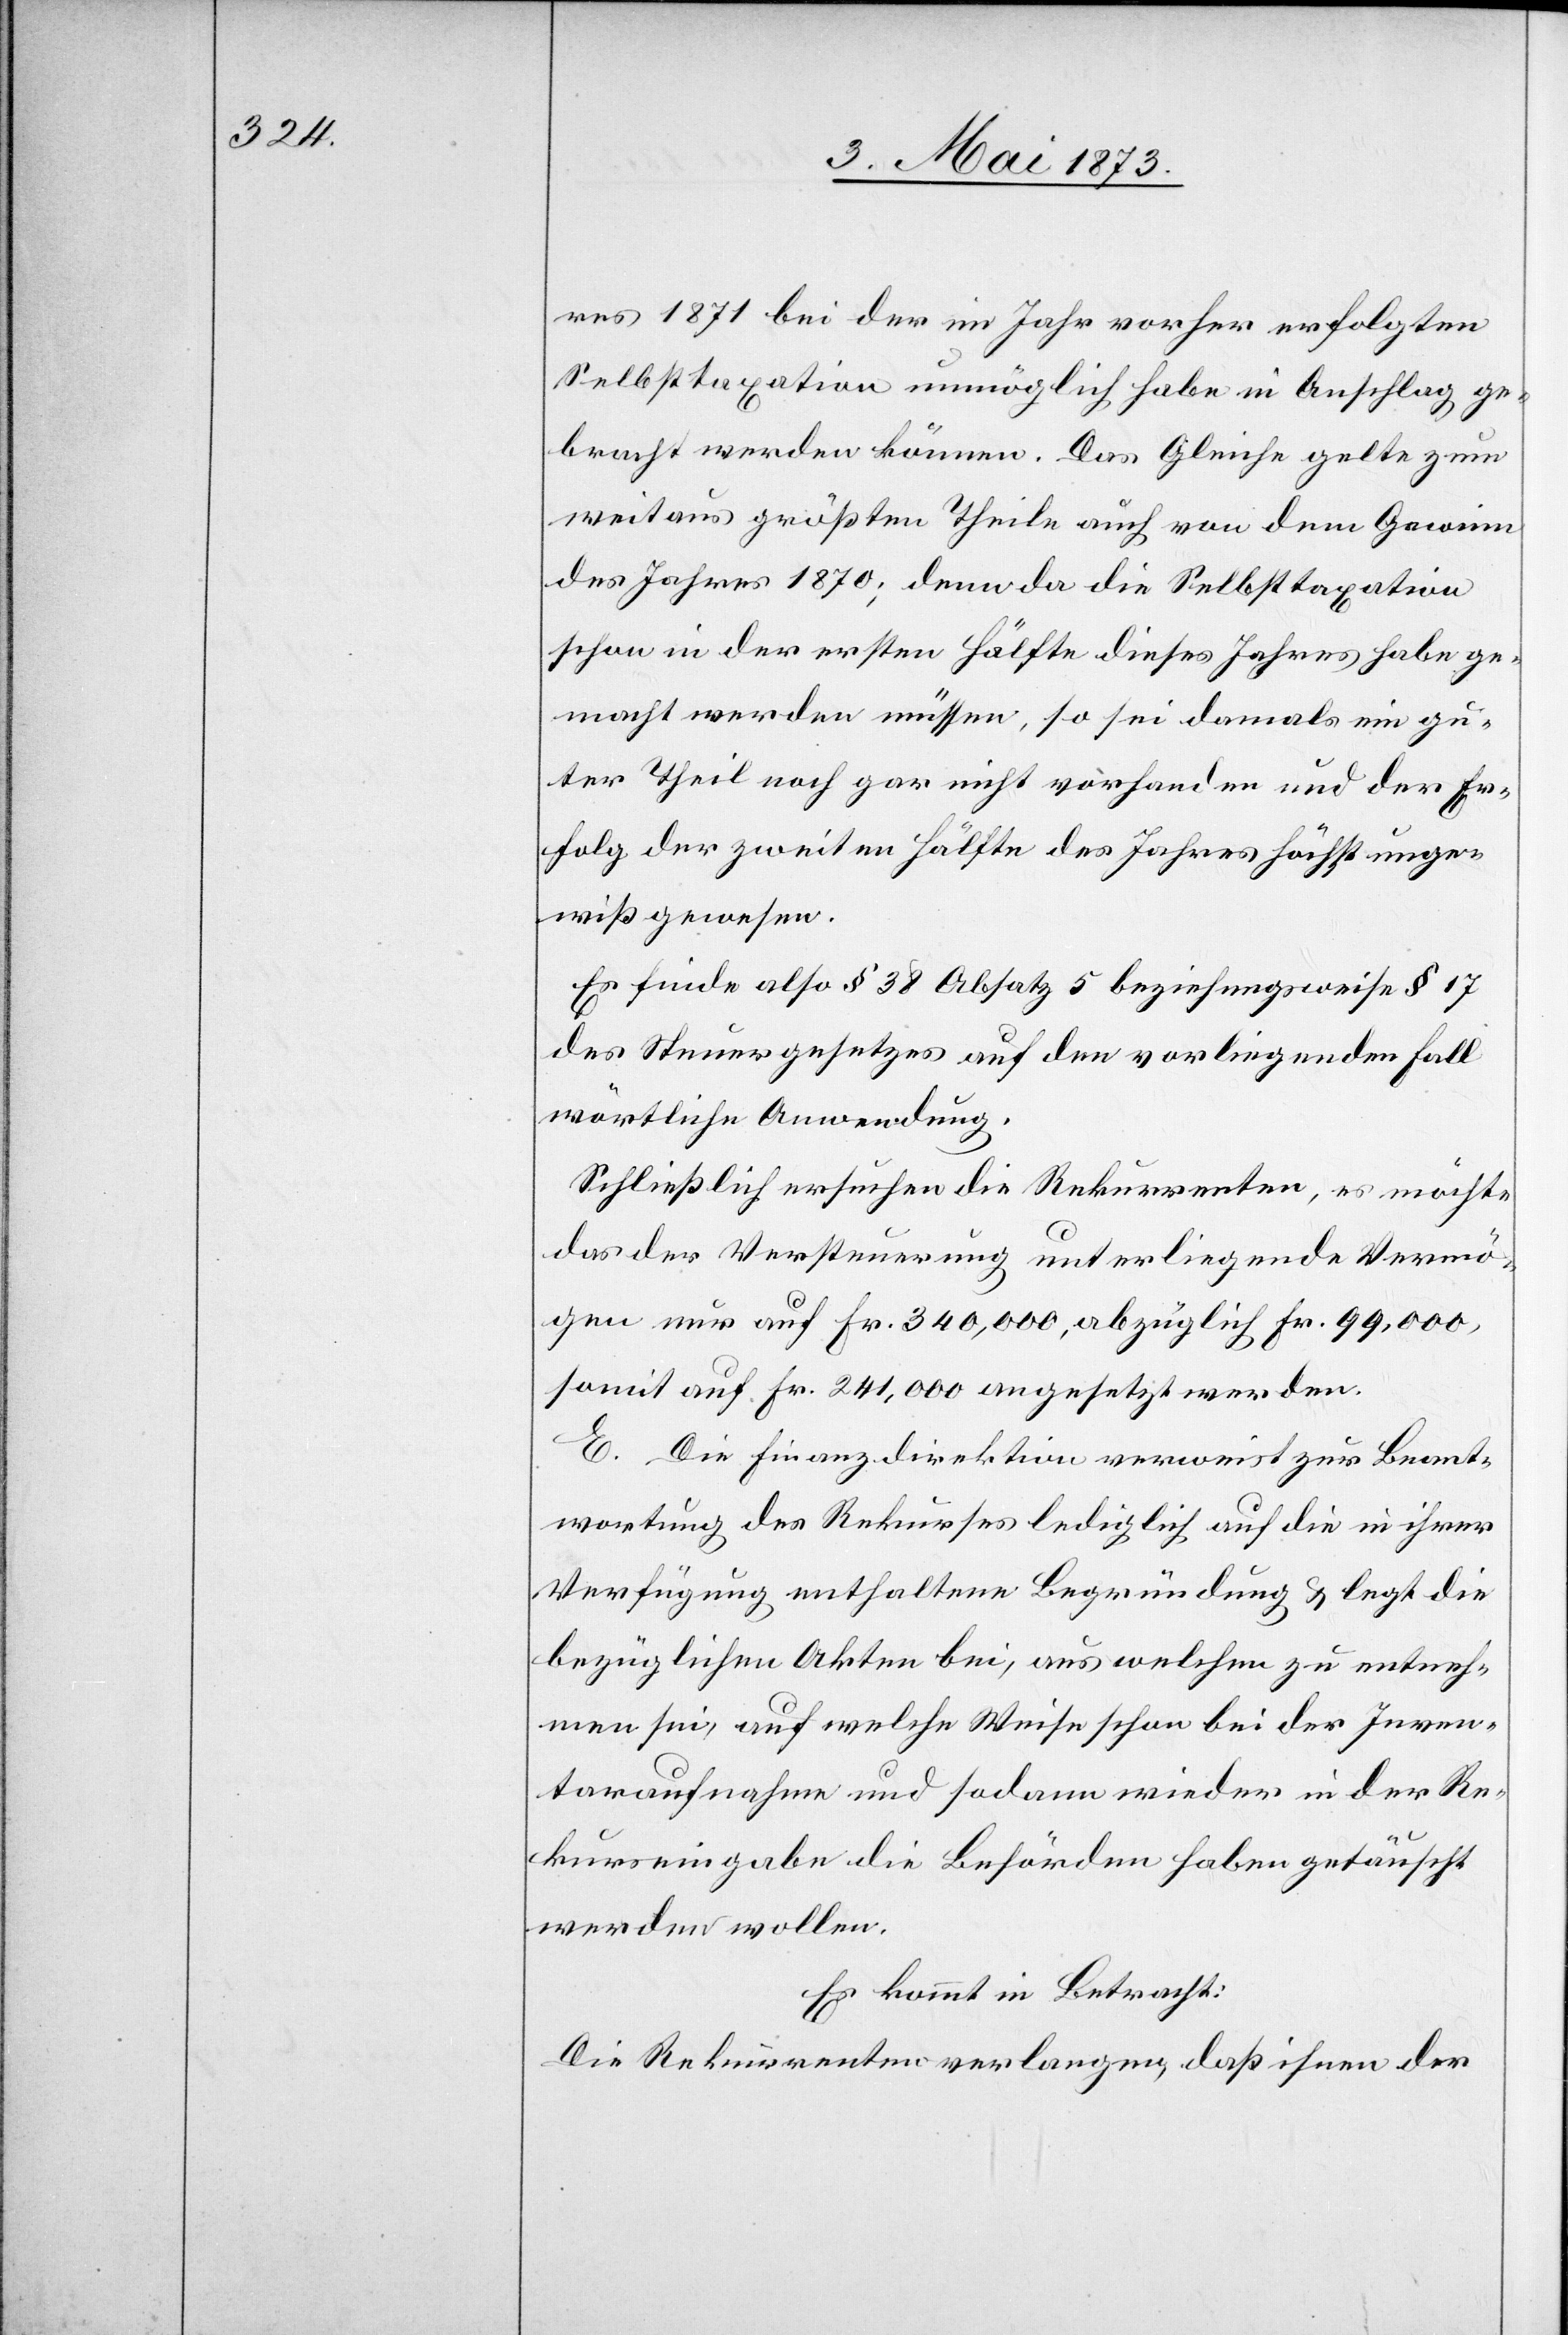
res 1871 bei der im Jahr vorher erfolgten
Selbsttaxation unmöglich habe in Anschlag ge¬
bracht werden können. Das Gleiche gelte zum
weitaus größten Theile auch von dem Gewinn
des Jahres 1870; denn da die Selbsttaxation
schon in der ersten Hälfte dieses Jahres habe ge¬
macht werden müssen, so sei damals ein gu¬
ter Theil noch gar nicht vorhanden und der Er¬
folg der zweiten Hälfte des Jahres höchst unge¬
wiß gewesen.
Es finde also § 38 Absatz 5 beziehungsweise § 17
des Steuergesetzes auf den vorliegenden Fall
wörtliche Anwendung.
Schließlich ersuchen die Rekurrenten, es möchte
das der Versteuerung unterliegende Vermö¬
gen nur auf Fr. 340,000, abzüglich Fr. 99,000,
somit auf Fr. 241,000 angesetzt werden.
E. Die Finanzdirektion verweist zur Beant¬
wortung des Rekurses lediglich auf die in ihrer
Verfügung enthaltene Begründung & legt die
bezüglichen Akten bei, aus welchen zu entneh¬
men sei, auf welche Weise schon bei der Inven¬
taraufnahme und sodann wieder in der Re¬
kurseingabe die Behörden haben getäuscht
werden wollen.
Es kommt in Betracht:
Die Rekurrenten verlangen, daß ihnen der